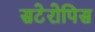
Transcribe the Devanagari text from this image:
सटेरोपिस